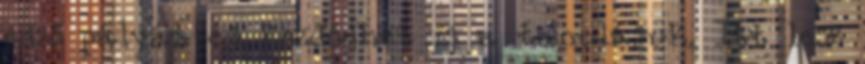
edző pályát és kezdődhet is a tanulásuk. Itt lesz